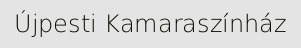
Újpesti Kamaraszínház